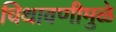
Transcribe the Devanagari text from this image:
चिथावणीमुळे